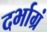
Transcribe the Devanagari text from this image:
दर्भाग्रं